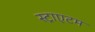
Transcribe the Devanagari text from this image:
स्ट्राएटम